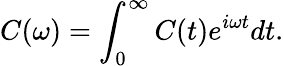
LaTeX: C(\omega)=\int_{0}^{\infty}C(t)e^{i\omega t}dt.